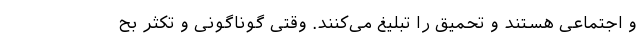
و اجتماعی هستند و تحمیق را تبلیغ می‌کنند. وقتی گوناگونی و تکثر بح